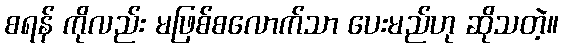
စရန် ကိုလည်း မဖြစ်စလောက်သာ ပေးမည်ဟု ဆိုသတဲ့။